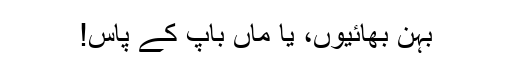
بہن بھائیوں، یا ماں باپ کے پاس!